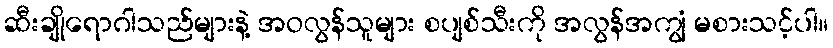
ဆီးချိုရောဂါသည်များနဲ့ အဝလွန်သူများ စပျစ်သီးကို အလွန်အကျွံ မစားသင့်ပါ။